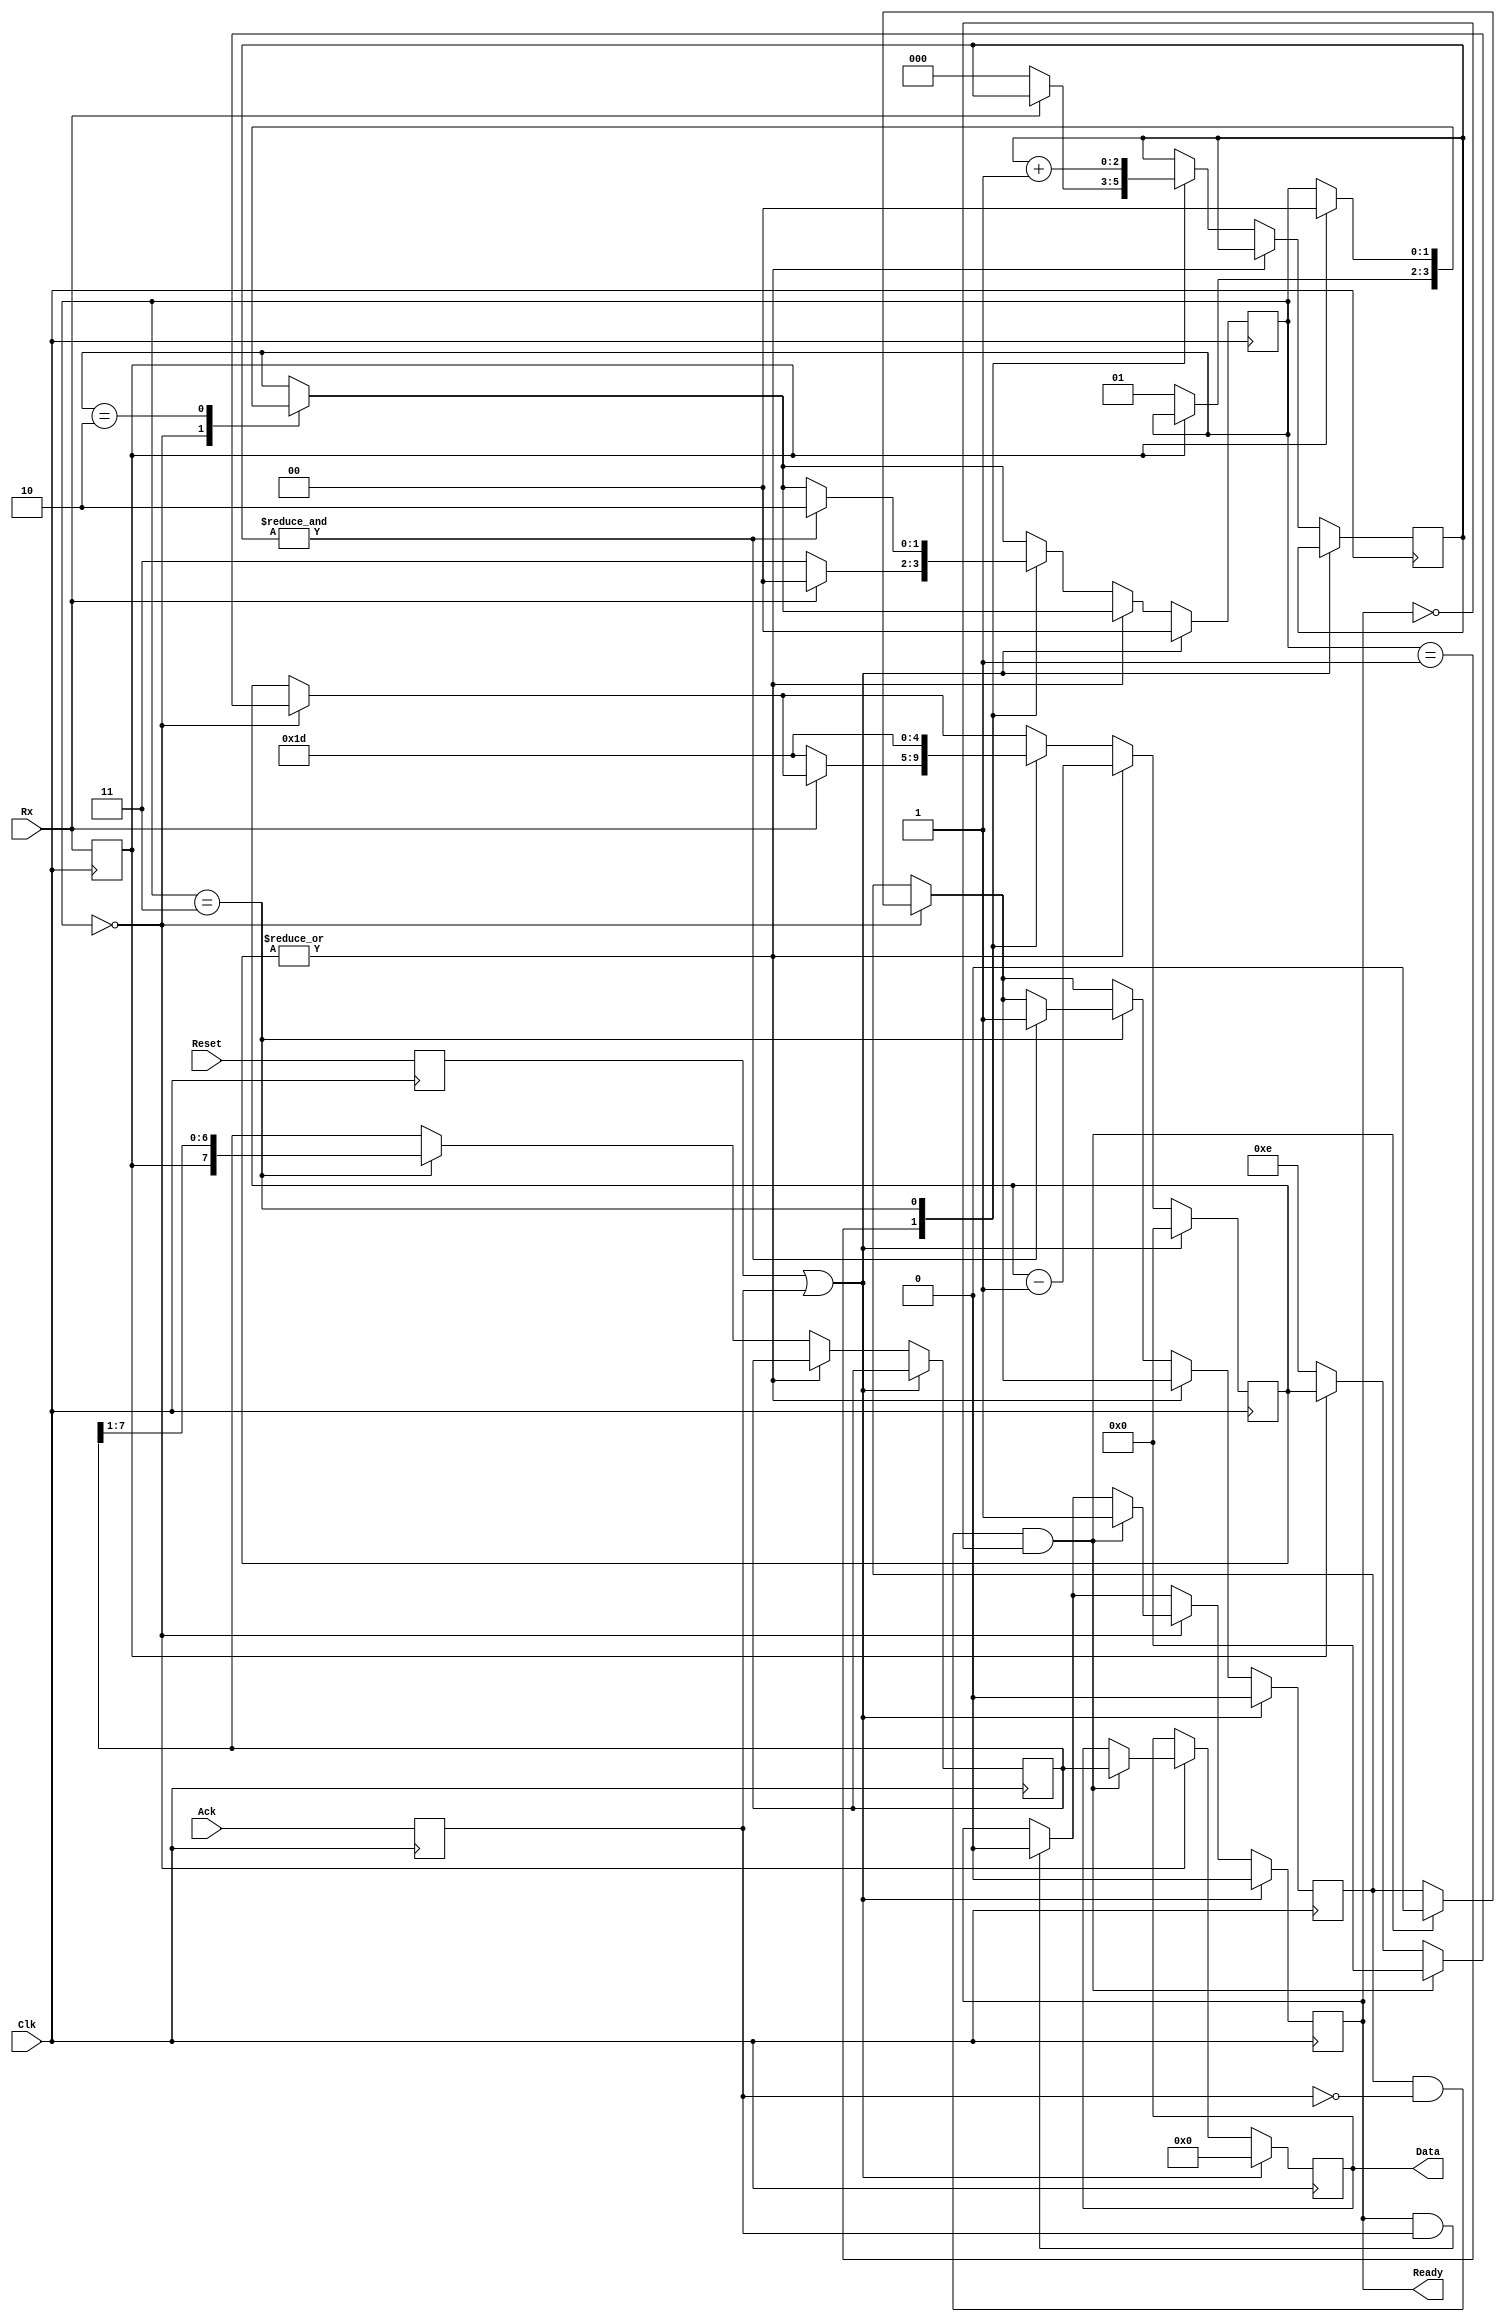
module UART_Receiver #(
	parameter N    = 5,
	parameter Full = 5'd29 // Clk / BAUD - 1
)(
	input Clk,
	input Reset,
	
	output reg [7:0]Data,
	output reg      Ready,	// 'low' means busy, and 'high' mean free.
	input           Ack,
	// input 			 softReset,
	input 			 Rx
);
//------------------------------------------------------------------------------

reg        tRx;
reg        tAck;
reg [  7:0]Temp;
reg [N-1:0]Count;
reg [  2:0]BitCount;
reg        NewData;
//------------------------------------------------------------------------------

reg   [1:0]State;
localparam Idle      = 2'b00;
localparam StartBit  = 2'b01;
localparam Receiving = 2'b11;
localparam Done      = 2'b10;
//------------------------------------------------------------------------------

reg tReset;
//reg tSoftReset;

always @(posedge Clk) begin
	// clock domain crossing.
	tRx    <= Rx;
	tAck   <= Ack;
	tReset <= Reset;
	// tSoftReset <= softReset;

	if(tReset | tAck) begin
		// if Reset the reinitialise everything.
		Data    <= 0;
		Ready   <= 0;
		NewData <= 0;
		Count   <= 0;
		State   <= Idle;
		//------------------------------------------------------------------------------
		
	end else begin
		if(Ready & tAck) Ready <= 1'b0;	// set to 'low' to indicate not yet received data.

		case(State)
			Idle: begin
				// if Rx line if idle.
				if(~tRx) begin
					Count <= {1'b0, Full[N-1:1]};
					State <= StartBit;	// successfully received startbit.
				end
				// if successfully received 8-bits of data.
				if(NewData & ~tAck && ~Ready) begin 
					Data    <= Temp;
					Ready   <= 1'b1;	// set to 'high' to indicate new data received.
					NewData <= 1'b0;
					Count   <= 1'b0;
				end
			end
//------------------------------------------------------------------------------

			Done: begin
				if(tRx) State <= Idle;
			end
			default:;
		endcase
//------------------------------------------------------------------------------

		if(~|Count) begin
			case(State)
				StartBit: begin
					if(Rx) begin
						State <= Idle;
					end else begin
						BitCount <= 0;
						Count    <= Full;
						State    <= Receiving;
					end
				end
//------------------------------------------------------------------------------ 

				Receiving: begin
					Temp  <= {tRx, Temp[7:1]};
					Count <= Full;
     
					if(&BitCount) begin
						NewData <= 1'b1;
						State   <= Done;
					end

					BitCount <= BitCount + 1'b1;
				end
//------------------------------------------------------------------------------ 
				default:;
			endcase
		end else begin
			Count <= Count - 1'b1;
		end
	end
end
//------------------------------------------------------------------------------

endmodule